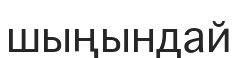
шыңындай